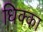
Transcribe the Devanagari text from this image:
धिक्का